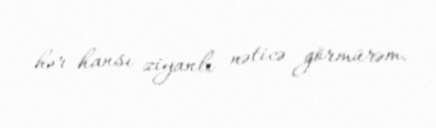
hər hansı ziyanlı nəticə görmürəm.